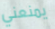
يمنعني